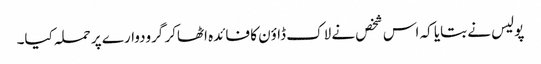
پولیس نے بتایا کہ اس شخص نے لاک ڈاؤن کا فائدہ اٹھاکر گرودوارے پر حملہ کیا۔